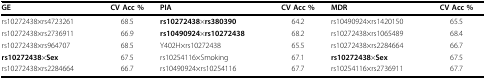
<table><thead><tr><td><b>GE</b></td><td><b>CV Acc %</b></td><td><b>PIA</b></td><td><b>CV Acc %</b></td><td><b>MDR</b></td><td><b>CV Acc %</b></td></tr></thead><tbody><tr><td>rs10272438×rs4723261</td><td>68.5</td><td><b>rs10272438</b>×<b>rs380390</b></td><td>64.2</td><td>rs10490924×rs1420150</td><td>65.5</td></tr><tr><td>rs10272438×rs2736911</td><td>66.9</td><td><b>rs10490924</b>×<b>rs10272438</b></td><td>68.2</td><td>rs10272438×rs1065489</td><td>68.4</td></tr><tr><td>rs10272438×rs964707</td><td>68.5</td><td>Y402H×rs10272438</td><td>65.5</td><td>rs10272438×rs2284664</td><td>66.7</td></tr><tr><td><b>rs10272438</b>×<b>Sex</b></td><td>67.5</td><td>rs10254116×Smoking</td><td>67.1</td><td><b>rs10272438</b>×<b>Sex</b></td><td>67.5</td></tr><tr><td>rs10272438×rs2284664</td><td>66.7</td><td>rs10490924×rs10254116</td><td>67.7</td><td>rs10254116×rs2736911</td><td>67.7</td></tr></tbody></table>